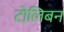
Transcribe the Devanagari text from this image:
टोलिबन